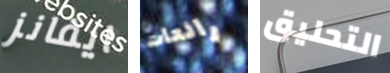
ايفانز رائعات التحليق